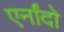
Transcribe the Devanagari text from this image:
एर्नांदो